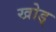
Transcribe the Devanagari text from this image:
खोड्